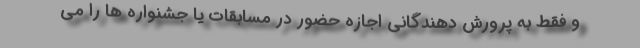
و فقط به پرورش دهندگانی اجازه حضور در مسابقات یا جشنواره ها را می